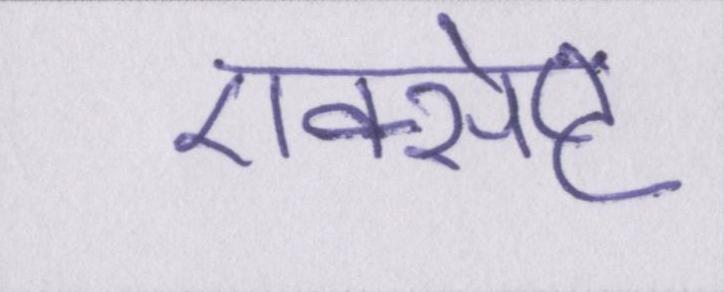
एक्सेप्ट